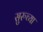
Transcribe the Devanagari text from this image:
सुरुच्या